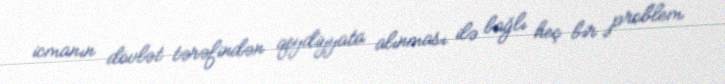
icmanın dövlət tərəfindən qeydiyyata alınması ilə bağlı heç bir problem